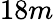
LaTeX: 18m